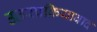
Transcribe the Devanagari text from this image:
उत्तरप्रक्रियावाद